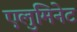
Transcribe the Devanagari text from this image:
एलुमिनेट